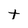
Character: t